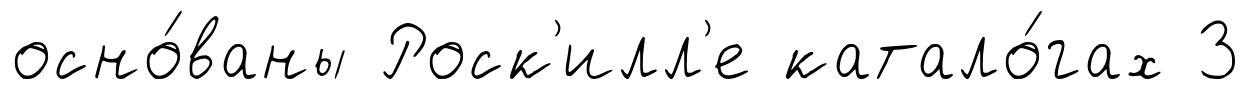
осно́ваны Роск'илл'е катало́гах 3